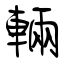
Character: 輛